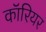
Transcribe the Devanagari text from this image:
कॉरियर